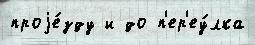
проjе́зду и до п'ер'еу́лка